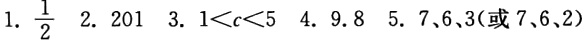
1. $\frac{1}{2}$ 2. $201$ 3. $1 < c < 5$ 4. $9.8$ 5. $7、6、3$(或$7、6、2$)